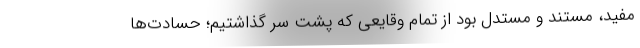
مفید، مستند و مستدل بود از تمام وقایعی که پشت سر گذاشتیم؛ حسادت‌ها